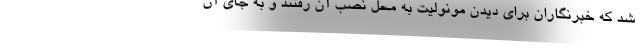
شد که خبرنگاران برای دیدن مونولیت به محل نصب آن رفتند و به جای آن